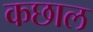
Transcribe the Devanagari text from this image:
कछाल